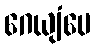
ဂေယျံပေ